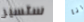
ستسير انا